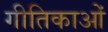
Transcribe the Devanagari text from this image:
गीतिकाओं